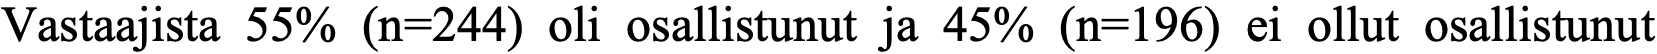
Vastaajista 55% (n=244) oli osallistunut ja 45% (n=196) ei ollut osallistunut